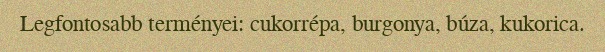
Legfontosabb terményei: cukorrépa, burgonya, búza, kukorica.